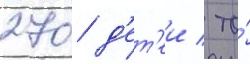
270 д'ет'еи / то́